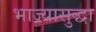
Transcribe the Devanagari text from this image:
भाज्यासुद्धा